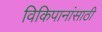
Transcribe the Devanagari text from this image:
विकिपानांसाठी